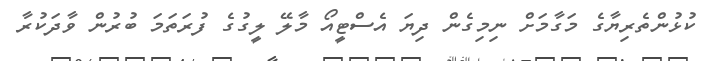
ކުޅުންތެރިޔާގެ މަގާމަށް ނިމިގެން ދިޔަ އެސްޓީއޯ މާލޭ ލީގުގެ ފުރަތަމަ ބުރުން ވާދަކުރާ